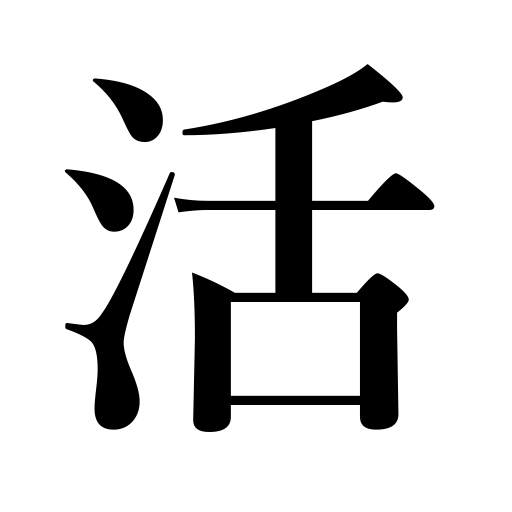
Meanings: being helped,living,resuscitation